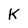
Character: K